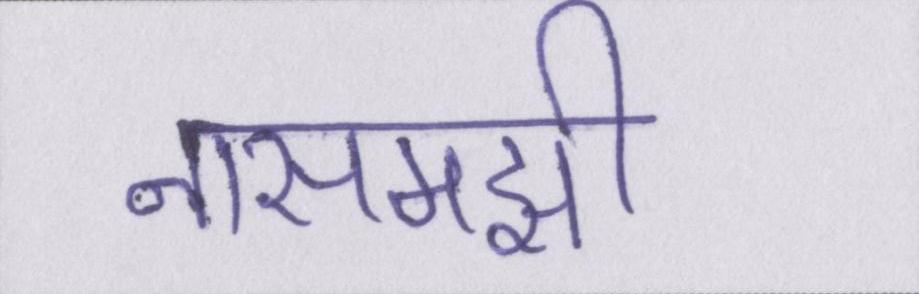
नासमझी